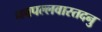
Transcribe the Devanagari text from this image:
नवपल्लवास्तदनु